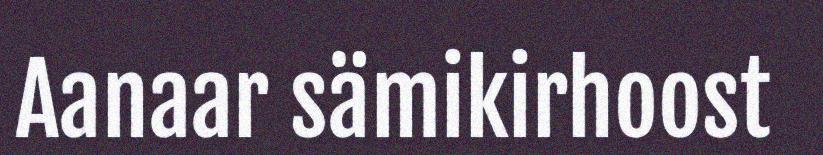
Aanaar sämikirhoost